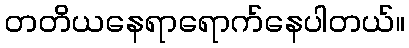
တတိယနေရာရောက်နေပါတယ်။